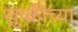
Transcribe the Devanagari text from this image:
खुष्कीच्या